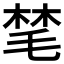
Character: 𪵝